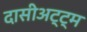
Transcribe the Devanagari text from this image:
दासीअट्ट्म